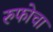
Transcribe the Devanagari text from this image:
रुफोचा